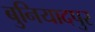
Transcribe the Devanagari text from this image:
बुनियादपुर